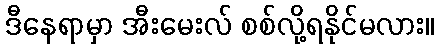
ဒီနေရာမှာ အီးမေးလ် စစ်လို့ရနိုင်မလား။